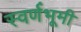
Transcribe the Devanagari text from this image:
स्वर्णभूमी